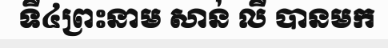
ទី៤ព្រះនាម សាន់ លី បានមក